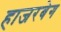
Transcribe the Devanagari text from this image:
हाजरबेग